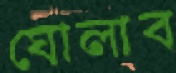
ঘোলাব